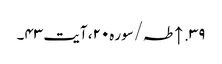
۳۹. ↑ طہ/سوره۲۰، آیت ۴۳۔